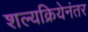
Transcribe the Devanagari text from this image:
शल्यक्रियेनंतर